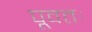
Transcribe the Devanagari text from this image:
पूवतः